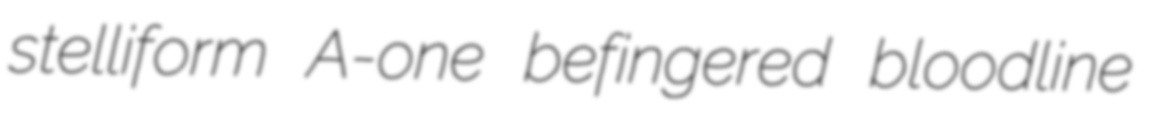
stelliform A-one befingered bloodline